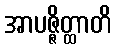
အာပဇ္ဇိတ္ထာတိ